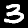
Label: 3